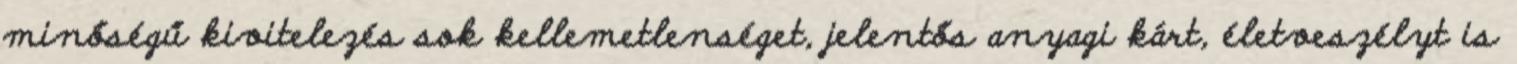
minőségű kivitelezés sok kellemetlenséget, jelentős anyagi kárt, életveszélyt is